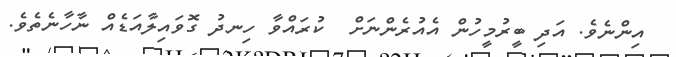
އިންނެވެ. އަދި ބީރުމީހުން އެއުރެންނަށް  ކުރައްވާ ހިނދު ގޮވައިލާއަޑެއް ނާހާނެތެވެ.